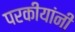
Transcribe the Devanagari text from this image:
परकीयांनी